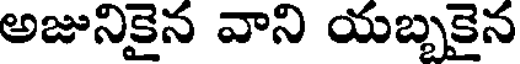
అజునికైన వాని యబ్బకైన